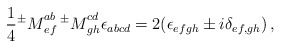
\begin{align*}\frac 14 {^\pm M}_{ef}^{ab}\, {^\pm M}_{gh}^{cd}\epsilon_{abcd}=2(\epsilon_{efgh}\pm i\delta_{ef,gh})\, , \end{align*}